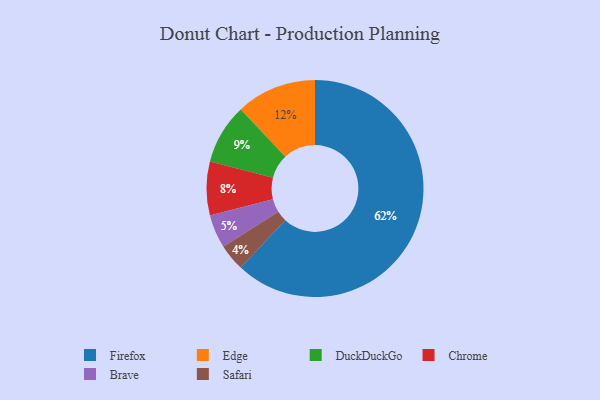
{"axis": {"x": "Category", "y": "Percentage"}, "legend": ["Brave", "Chrome", "DuckDuckGo", "Edge", "Firefox", "Safari"], "data": [{"x": "Firefox", "y": 62, "type": "Firefox"}, {"x": "Chrome", "y": 8, "type": "Chrome"}, {"x": "Brave", "y": 5, "type": "Brave"}, {"x": "Safari", "y": 4, "type": "Safari"}, {"x": "DuckDuckGo", "y": 9, "type": "DuckDuckGo"}, {"x": "Edge", "y": 12, "type": "Edge"}]}